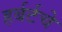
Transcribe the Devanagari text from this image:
हर्बर्टचे